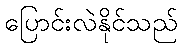
ပြောင်းလဲနိုင်သည်